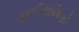
ફાઈલશોષકો